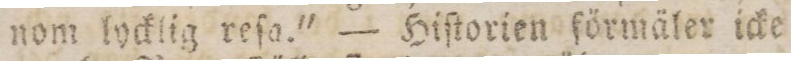
nom lycklig reſa.' — Hiſtorien ſörmäler icke